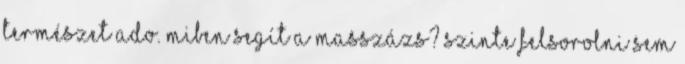
természet ado. Miben Segít a Masszázs? Szinte felsorolni sem